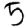
Digit: 5